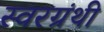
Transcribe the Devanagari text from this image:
स्वरग्रंथी